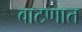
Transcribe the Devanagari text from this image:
वाटणात